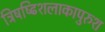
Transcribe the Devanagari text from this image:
त्रिषष्ढिशलाकापुरुश